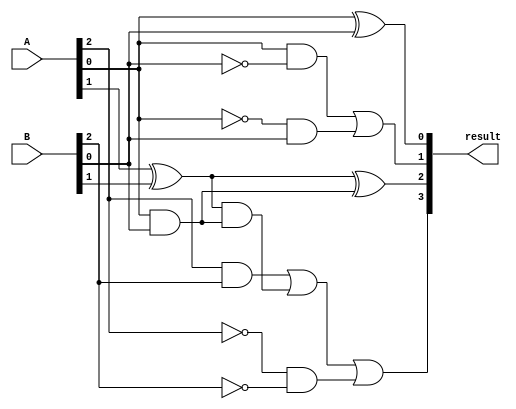
module subtractor(
    input [3:0] A,
    input [3:0] B,
    output reg [3:0] result
);

assign result[0] = A[0] ^ B[0];         // XOR gate for LSB subtraction
assign result[1] = (A[0] & ~B[0]) | (~A[0] & B[0]);  // AND and OR gates for carry calculation
assign result[2] = A[1] ^ B[1] ^ (A[0] & B[0]);       // XOR gate for second bit subtraction
assign result[3] = (A[2] & B[2]) | ((A[1] ^ B[1]) & (A[0] & B[0])) | (~A[2] & ~B[2]); // AND and OR gates for final carry calculation

endmodule